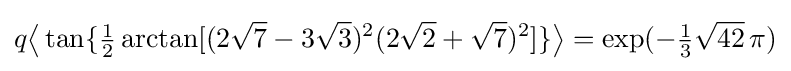
q{\bigl \langle }\tan\{{\tfrac {1}{2}}\arctan[(2{\sqrt {7}}-3{\sqrt {3}})^{2}(2{\sqrt {2}}+{\sqrt {7}})^{2}]\}{\bigr \rangle }=\exp(-{\tfrac {1}{3}}{\sqrt {42}}\,\pi )